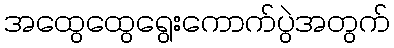
အထွေထွေရွေးကောက်ပွဲအတွက်